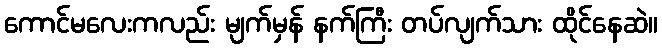
ကောင်မလေးကလည်း မျက်မှန် နက်ကြီး တပ်လျက်သား ထိုင်နေဆဲ။